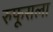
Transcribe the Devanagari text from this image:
रुफूसला